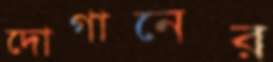
দোগানের